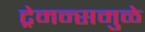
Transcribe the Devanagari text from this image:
ट्रेमन्समुळे